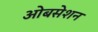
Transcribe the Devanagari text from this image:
ओबसेशन